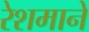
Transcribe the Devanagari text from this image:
रेशमाने